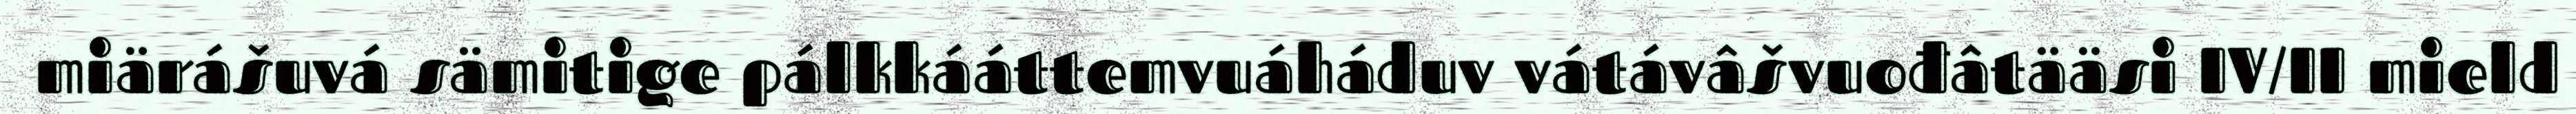
miärášuvá sämitige pálkkááttemvuáháduv vátávâšvuođâtääsi IV/II mield